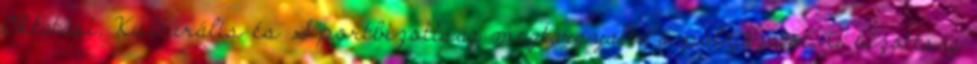
Oktatási, Kulturális és Sportbizottság megtárgyalta a pályázatot. A bizottság